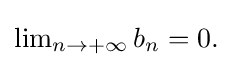
{\textstyle \lim _{n\to +\infty }b_{n}=0.}